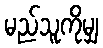
မည်သူကိုမျှ